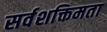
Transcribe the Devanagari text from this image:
सर्वशक्तिमता